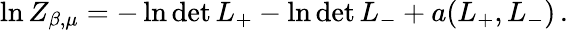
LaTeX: \ln Z_{\beta,\mu}=-\ln\operatorname*{det}L_{+}-\ln\operatorname*{det}L_{-}+a(L_{+},L_{-})\, .